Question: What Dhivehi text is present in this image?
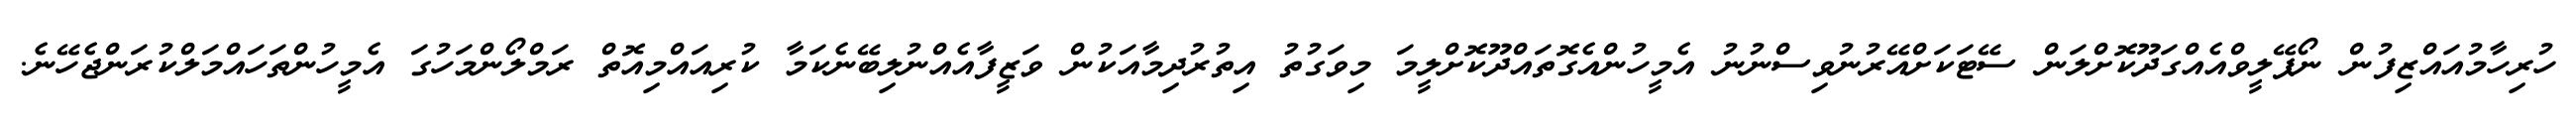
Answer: ހުރިހާމުއައްޒިފުން ނޯޕޭލީވްއެއްގަދޫކޮށްލަން ސޭޓަކަށްއޭރުނުވިސްނުނު އެމީހުންއެގޮތައްދޫކޮށްލީމަ މިވަގުތު އިތުރުދިމާއަކުން ވަޒީފާއެއްނުލިބޭނެކަމާ ކުރިއައްމިއޮތް ރަމްލޯންމަހުގަ އެމީހުންތަހައްމަލްކުރަންޖެހޭނެ.